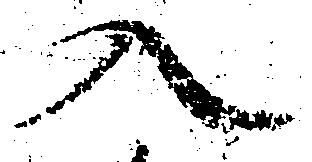
入